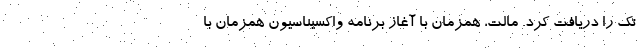
تک را دریافت کرد. مالت، همزمان با آغاز برنامه واکسیناسیون همزمان با